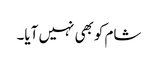
شام کوبھی نہیں آیا۔